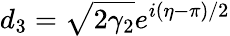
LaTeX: d_{3}=\sqrt{2\gamma_{2}}e^{i(\eta-\pi)/2}